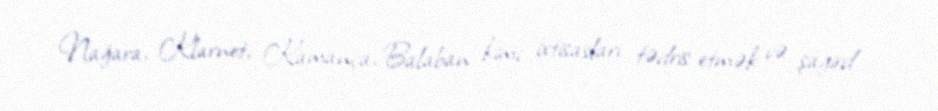
Nağara, Klarnet, Kamança, Balaban kimi ixtisasları tədris etmək və şagird